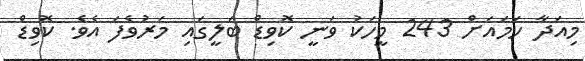
މިއަދާ ހަމައަށް 243 މީހަކު ވަނީ ކޮވިޑް ބަލީގައި މަރުވެފަ އެވެ. ކޮވިޑް